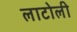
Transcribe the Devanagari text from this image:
लाटोली